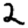
Digit: 2